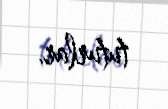
tuturlar.